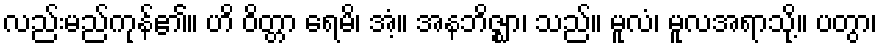
လည်းမည်ကုန်၏။ ဟိ ဝိတ္တာ ရေမိ၊ အံ့။ အနဘိဇ္ဈာ၊ သည်။ မူလံ၊ မူလအရာသို့။ ပတွာ၊